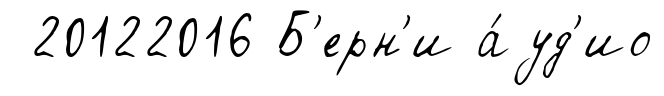
20122016 Б'ерн'и а́уд'ио